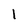
Character: 1